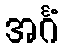
အင်္ဂံ